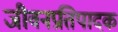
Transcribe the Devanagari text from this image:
जीवनप्रतिपादक